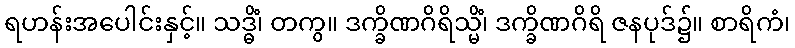
ရဟန်းအပေါင်းနှင့်။ သဒ္ဓိံ၊ တကွ။ ဒက္ခိဏဂိရိသ္မိံ၊ ဒက္ခိဏဂိရိ ဇနပုဒ်၌။ စာရိကံ၊